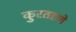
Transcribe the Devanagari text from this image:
कुरतडणे